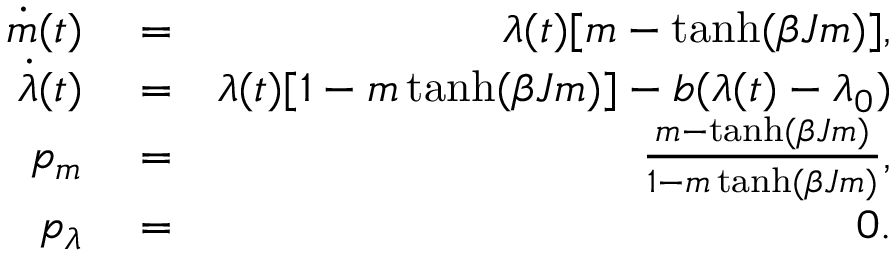
\begin{array} { r l r } { \dot { m } ( t ) } & { { } = } & { \lambda ( t ) [ m - \operatorname { t a n h } ( \beta J m ) ] , } \\ { \dot { \lambda } ( t ) } & { { } = } & { \lambda ( t ) [ 1 - m \operatorname { t a n h } ( \beta J m ) ] - b ( \lambda ( t ) - \lambda _ { 0 } ) } \\ { p _ { m } } & { { } = } & { \frac { m - \operatorname { t a n h } ( \beta J m ) } { 1 - m \operatorname { t a n h } ( \beta J m ) } , } \\ { p _ { \lambda } } & { { } = } & { 0 . } \end{array}